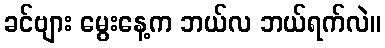
ခင်ဗျား မွေးနေ့က ဘယ်လ ဘယ်ရက်လဲ။